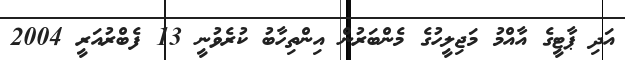
އަދި ޕާޓީގެ އާއްމު މަޖިލީހުގެ މެންބަރުން އިންތިހާބު ކުރެވުނީ 13 ފެބްރުއަރީ 2004